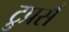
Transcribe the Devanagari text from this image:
ट्रुप्रर्स